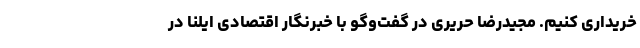
خریداری کنیم. مجیدرضا حریری در گفت‌وگو با خبرنگار اقتصادی ایلنا در